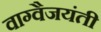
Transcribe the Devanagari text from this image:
वाग्वैजयंती